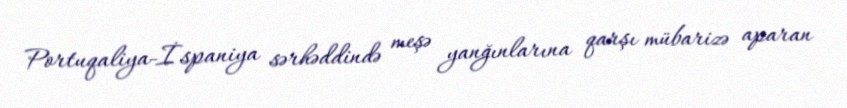
Portuqaliya-İspaniya sərhəddində meşə yanğınlarına qarşı mübarizə aparan